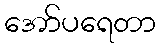
အော်ပရေတာ